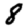
Digit: 8